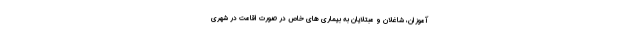
آموزان، شاغلان و مبتلایان به بیماری های خاص در صورت اقامت در شهری